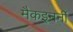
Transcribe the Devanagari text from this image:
मैकइनर्नी